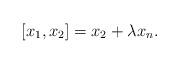
LaTeX: \begin{align*} [x_1, x_2] = x_2 + \lambda x_n . \end{align*}